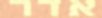
אדר